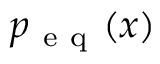
p _ { \mathrm { ~ e ~ q ~ } } ( x )